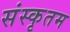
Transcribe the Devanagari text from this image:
संस्कृतम